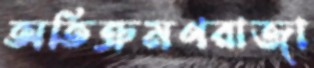
অতিক্রমণরাজা